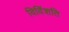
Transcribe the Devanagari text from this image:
विविंशति